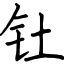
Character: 钍